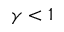
\gamma < 1